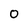
Character: 0